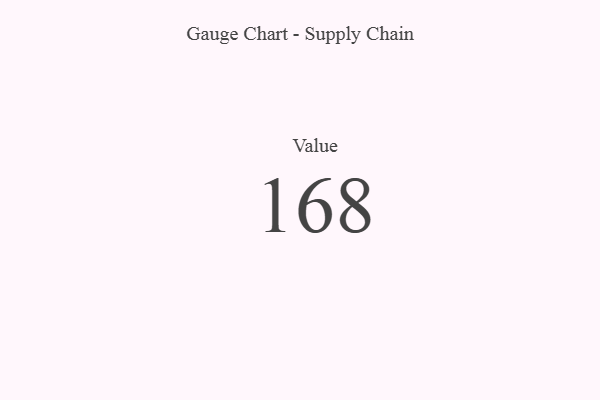
{"axis": {"x": "Metric", "y": "Value"}, "legend": [""], "data": [{"x": "Value", "y": 168, "type": ""}]}